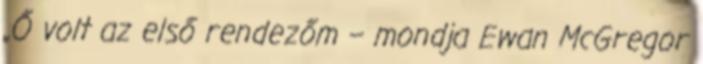
„Ő volt az első rendezőm – mondja Ewan McGregor